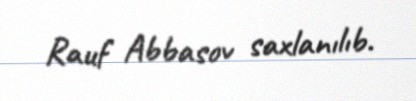
Rauf Abbasov saxlanılıb.